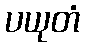
ပယုတံ